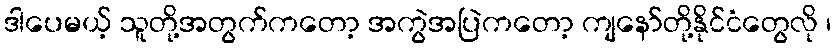
ဒါပေမယ့် သူတို့အတွက်ကတော့ အကွဲအပြဲကတော့ ကျနော်တို့နိုင်ငံတွေလို ၊